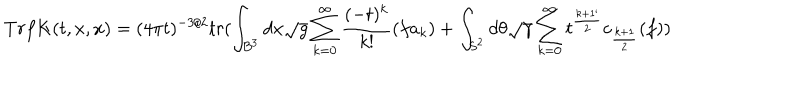
LaTeX: T r f K ( t , x , x ) = ( 4 \pi t ) ^ { - 3 / 2 } t r ( \int _ { B ^ { 3 } } d x \sqrt { g } \sum _ { k = 0 } ^ { \infty } \frac { ( - t ) ^ { k } } { k ! } ( f a _ { k } ) + \int _ { S ^ { 2 } } d \theta \sqrt { \gamma } \sum _ { k = 0 } ^ { \infty } t ^ { \frac { k + 1 ` } { 2 } } c _ { \frac { k + 1 } { 2 } } ( f ) )